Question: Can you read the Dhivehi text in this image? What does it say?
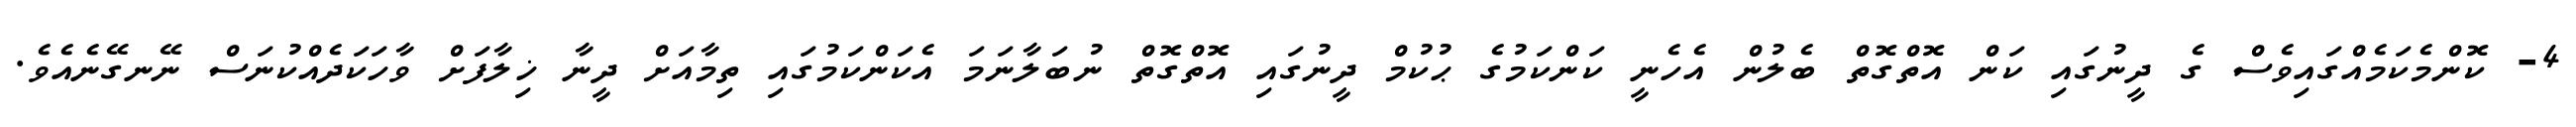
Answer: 4- ކޮންމެކަމެއްގައިވެސް ގެ ދީނުގައި ކަން އޮތްގޮތް ބެލުން އެހެނީ ކަންކަމުގެ ޙުކުމް ދީނުގައި އޮތްގޮތް ނުބަލާނަމަ އެކަންކަމުގައި ތިމާއަށް ދީނާ ޚިލާފަށް ވާހަކަދެއްކުނަސް ނޭނގޭނެއެވެ.